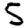
Digit: 5